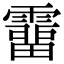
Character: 𩅸